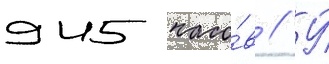
945 часо́в // У́